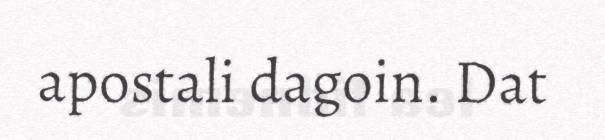
apostali dagoin. Dat